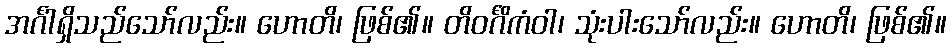
အင်္ဂါရှိသည်သော်လည်း။ ဟောတိ၊ ဖြစ်၏။ တိဝင်္ဂိကံဝါ၊ သုံးပါးသော်လည်း။ ဟောတိ၊ ဖြစ်၏။